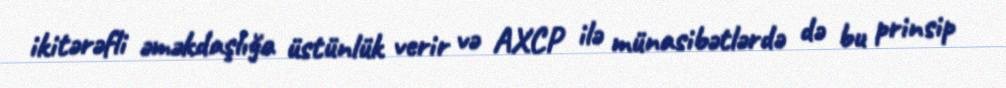
ikitərəfli əməkdaşlığa üstünlük verir və AXCP ilə münasibətlərdə də bu prinsip